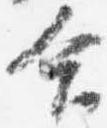
合